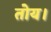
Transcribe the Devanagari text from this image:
तोय।